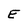
Character: E